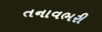
તનાવભરી